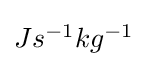
{\textstyle Js^{-1}kg^{-1}}